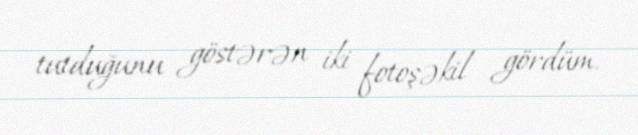
tutduğunu göstərən iki fotoşəkil gördüm.